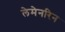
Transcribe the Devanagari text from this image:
लेमेनरिन